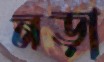
নড়া